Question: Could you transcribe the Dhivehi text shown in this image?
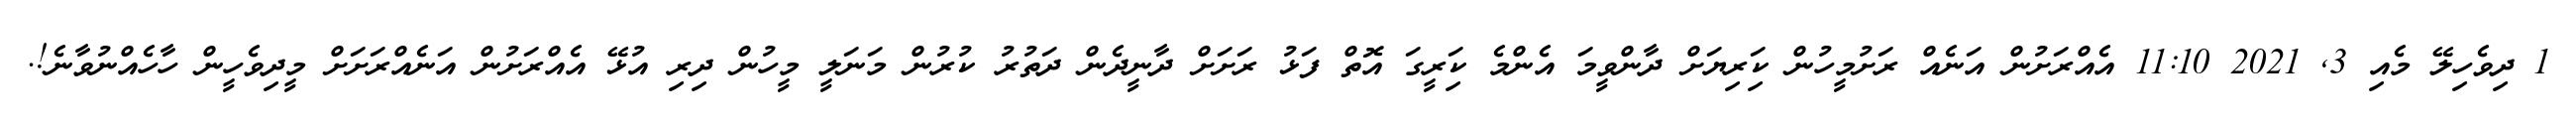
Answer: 1 ދިވެހިލޭ މެއި 3, 2021 11:10 އެއްރަށުން އަނެއް ރަށުމީހުން ކަިރިޔަށް ދާންވީމަ އެންމެ ކަިރީގަ އޮތް ފަޅު ރަށަށް ދާނީދެން ދަތުރު ކުރުން މަނަލީ މީހުން ދިރި އުޅޭ އެއްރަށުން އަނެއްރަށަށް މީދިވެހީން ހާހެއްނުވާނެ!.